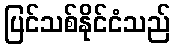
ပြင်သစ်နိုင်ငံသည်